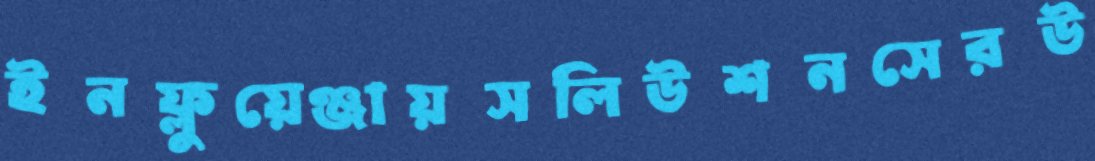
ইনফ্লুয়েঞ্জায়সলিউশনসেরউ